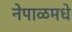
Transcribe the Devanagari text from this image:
नेपाळमधे